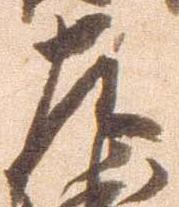
左